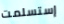
إستسلمت